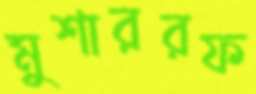
মুশাররফ